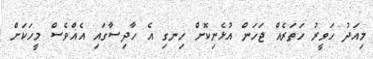
މިއަދު ހަވީރު ހަތަރެއް ޖަހަން އުޅެނިކޮށް ހިނގި އެ ހާދިސާގައި އެއްވެސް މީހަކަށް